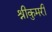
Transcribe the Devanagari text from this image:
श्रीकुमरी